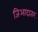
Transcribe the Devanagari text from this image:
जिआदातर